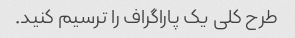
طرح کلی یک پاراگراف را ترسیم کنید.